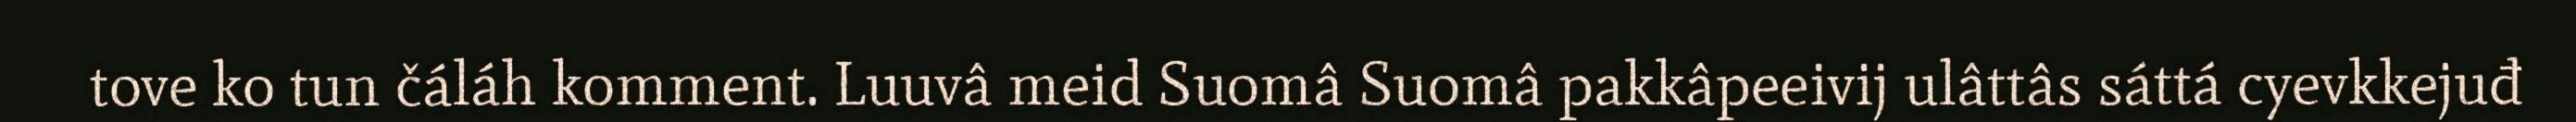
tove ko tun čáláh komment. Luuvâ meid Suomâ Suomâ pakkâpeeivij ulâttâs sáttá cyevkkejuđ